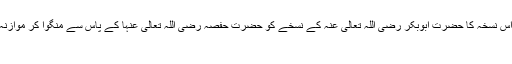
حضرت عثمان رضی اللہ تعالی عنہ نے اس نسخہ کا حضرت ابوبکر رضی اللہ تعالی عنہ کے نسخے کو حضرت حفصہ رضی اللہ تعالی عنہا کے پاس سے منگوا کر موازنہ کروایا ( گواہی کا حوالہ نیچے دیکھئے)
2۔